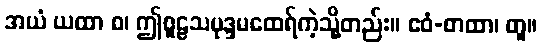
အယံ ယထာ စ၊ ဤစူဠသမုဒ္ဒမထေရ်ကဲ့သို့တည်း။ ဧဝံ-တထာ၊ တူ။